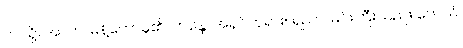
ဤသို့။ အာဟ၊ မိန့်တော်မူ၏။ ဘန္တေ၊ အရှင်ဘုရား။ ရညာ၊ မင်းကြီးသည်။ တေသံ၊